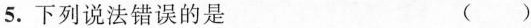
5.下列说法错误的是 ( )